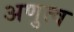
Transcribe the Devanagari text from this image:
अणुत्व